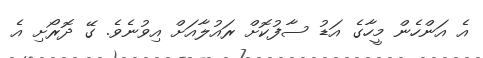
އެ އަންހެން މީހާގެ އަޑު ސާފުކޮށް ރައުލާއަށް އިވުނެވެ. ގޭ ދޮރޯށި އެ